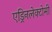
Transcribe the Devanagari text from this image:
एड्रिनलेक्टोमी